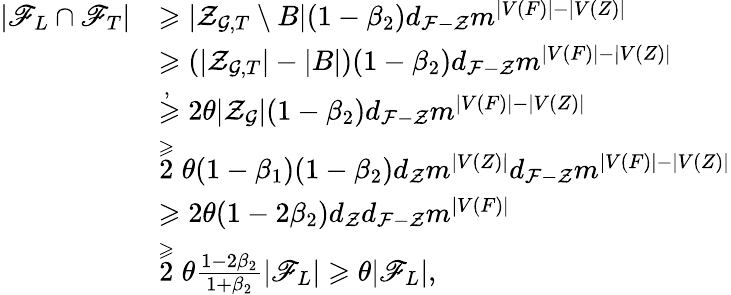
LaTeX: \begin{array}{rl}{|\mathscr{F}_{L}\cap\mathscr{F}_{T}|}&{\geqslant|\mathcal{Z}_{\mathcal{G},T}\setminus B|(1-\beta_{2})d_{\mathcal{F}-\mathcal{Z}}m^{|V(F)|-|V(Z)|}}\\ &{\geqslant(|\mathcal{Z}_{\mathcal{G},T}|-|B|)(1-\beta_{2})d_{\mathcal{F}-\mathcal{Z}}m^{|V(F)|-|V(Z)|}}\\ &{\stackrel{,~}{\geqslant}2{\theta}|\mathcal{Z}_{\mathcal{G}}|(1-\beta_{2})d_{\mathcal{F}-\mathcal{Z}}m^{|V(F)|-|V(Z)|}}\\ &{\stackrel{\geqslant}2{\theta}(1-\beta_{1})(1-\beta_{2})d_{\mathcal{Z}}m^{|V(Z)|}d_{\mathcal{F}-\mathcal{Z}}m^{|V(F)|-|V(Z)|}}\\ &{\geqslant 2{\theta}(1-2\beta_{2})d_{\mathcal{Z}}d_{\mathcal{F}-\mathcal{Z}}m^{|V(F)|}}\\ &{\stackrel{\geqslant}2{\theta}\frac{1-2\beta_{2}}{1+\beta_{2}}|\mathscr{F}_{L}|\geqslant{\theta}|\mathscr{F}_{L}|,}\end{array}